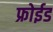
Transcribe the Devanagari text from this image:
फ्रोईड